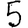
Digit: 5